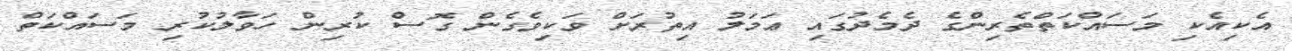
އެކިއެކި މަސައްކަތްތެރިންގެ ދެމެދުގައި ޢަމަލު އިތުރަށް ވަކިވެގެން ގޮސް ކުރިން ހަވާލުކުރި މަސައްކަތް